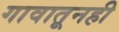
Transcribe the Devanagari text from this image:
गावातूनही